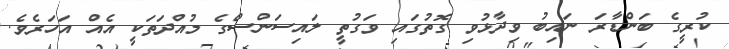
ކުރީގެ ބަންޑާރަ ނައިބު ވިދާޅުވި ގޮތުގައި ވަގުތީ ލައިސަންސްގެ މުއްދަތަކީ އެއް އަހަރެވެ.